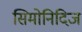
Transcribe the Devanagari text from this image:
सिमोनिदिज